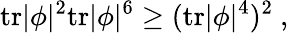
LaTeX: \mathrm{tr}|\phi|^{2}\mathrm{tr}|\phi|^{6}\ge(\mathrm{tr}|\phi|^{4})^{2}~,